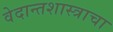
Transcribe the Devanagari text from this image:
वेदान्तशास्त्राचा